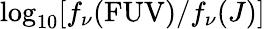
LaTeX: \log_{10}[f_{\nu}(\mathrm{FUV})/f_{\nu}(J)]